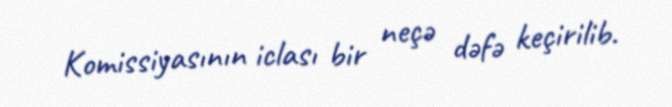
Komissiyasının iclası bir neçə dəfə keçirilib.